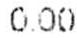
0.00